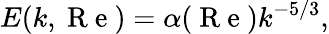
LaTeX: E(k,\mathrm{~R~e~})=\alpha(\mathrm{~R~e~})k^{-5/3},